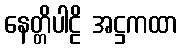
နေတ္တိပါဠိ အဋ္ဌကထာ